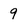
Character: 9